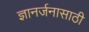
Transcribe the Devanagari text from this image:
ज्ञानर्जनासाठी